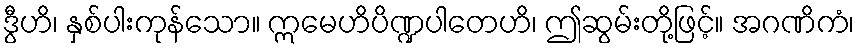
ဒွီဟိ၊ နှစ်ပါးကုန်သော။ ဣမေဟိပိဏ္ဍပါတေဟိ၊ ဤဆွမ်းတို့ဖြင့်။ အဂဏိကံ၊